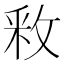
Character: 𫾶